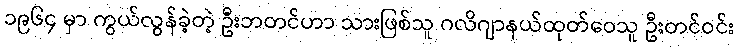
၁၉၆၄ မှာ ကွယ်လွန်ခဲ့တဲ့ ဦးဘတင်ဟာ သားဖြစ်သူ ဂလိဂျာနယ်ထုတ်ဝေသူ ဦးတင်ဝင်း